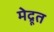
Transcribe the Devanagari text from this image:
मेद्रूत